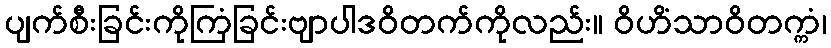
ပျက်စီးခြင်းကိုကြံခြင်းဗျာပါဒဝိတက်ကိုလည်း။ ဝိဟိံသာဝိတက္ကံ၊